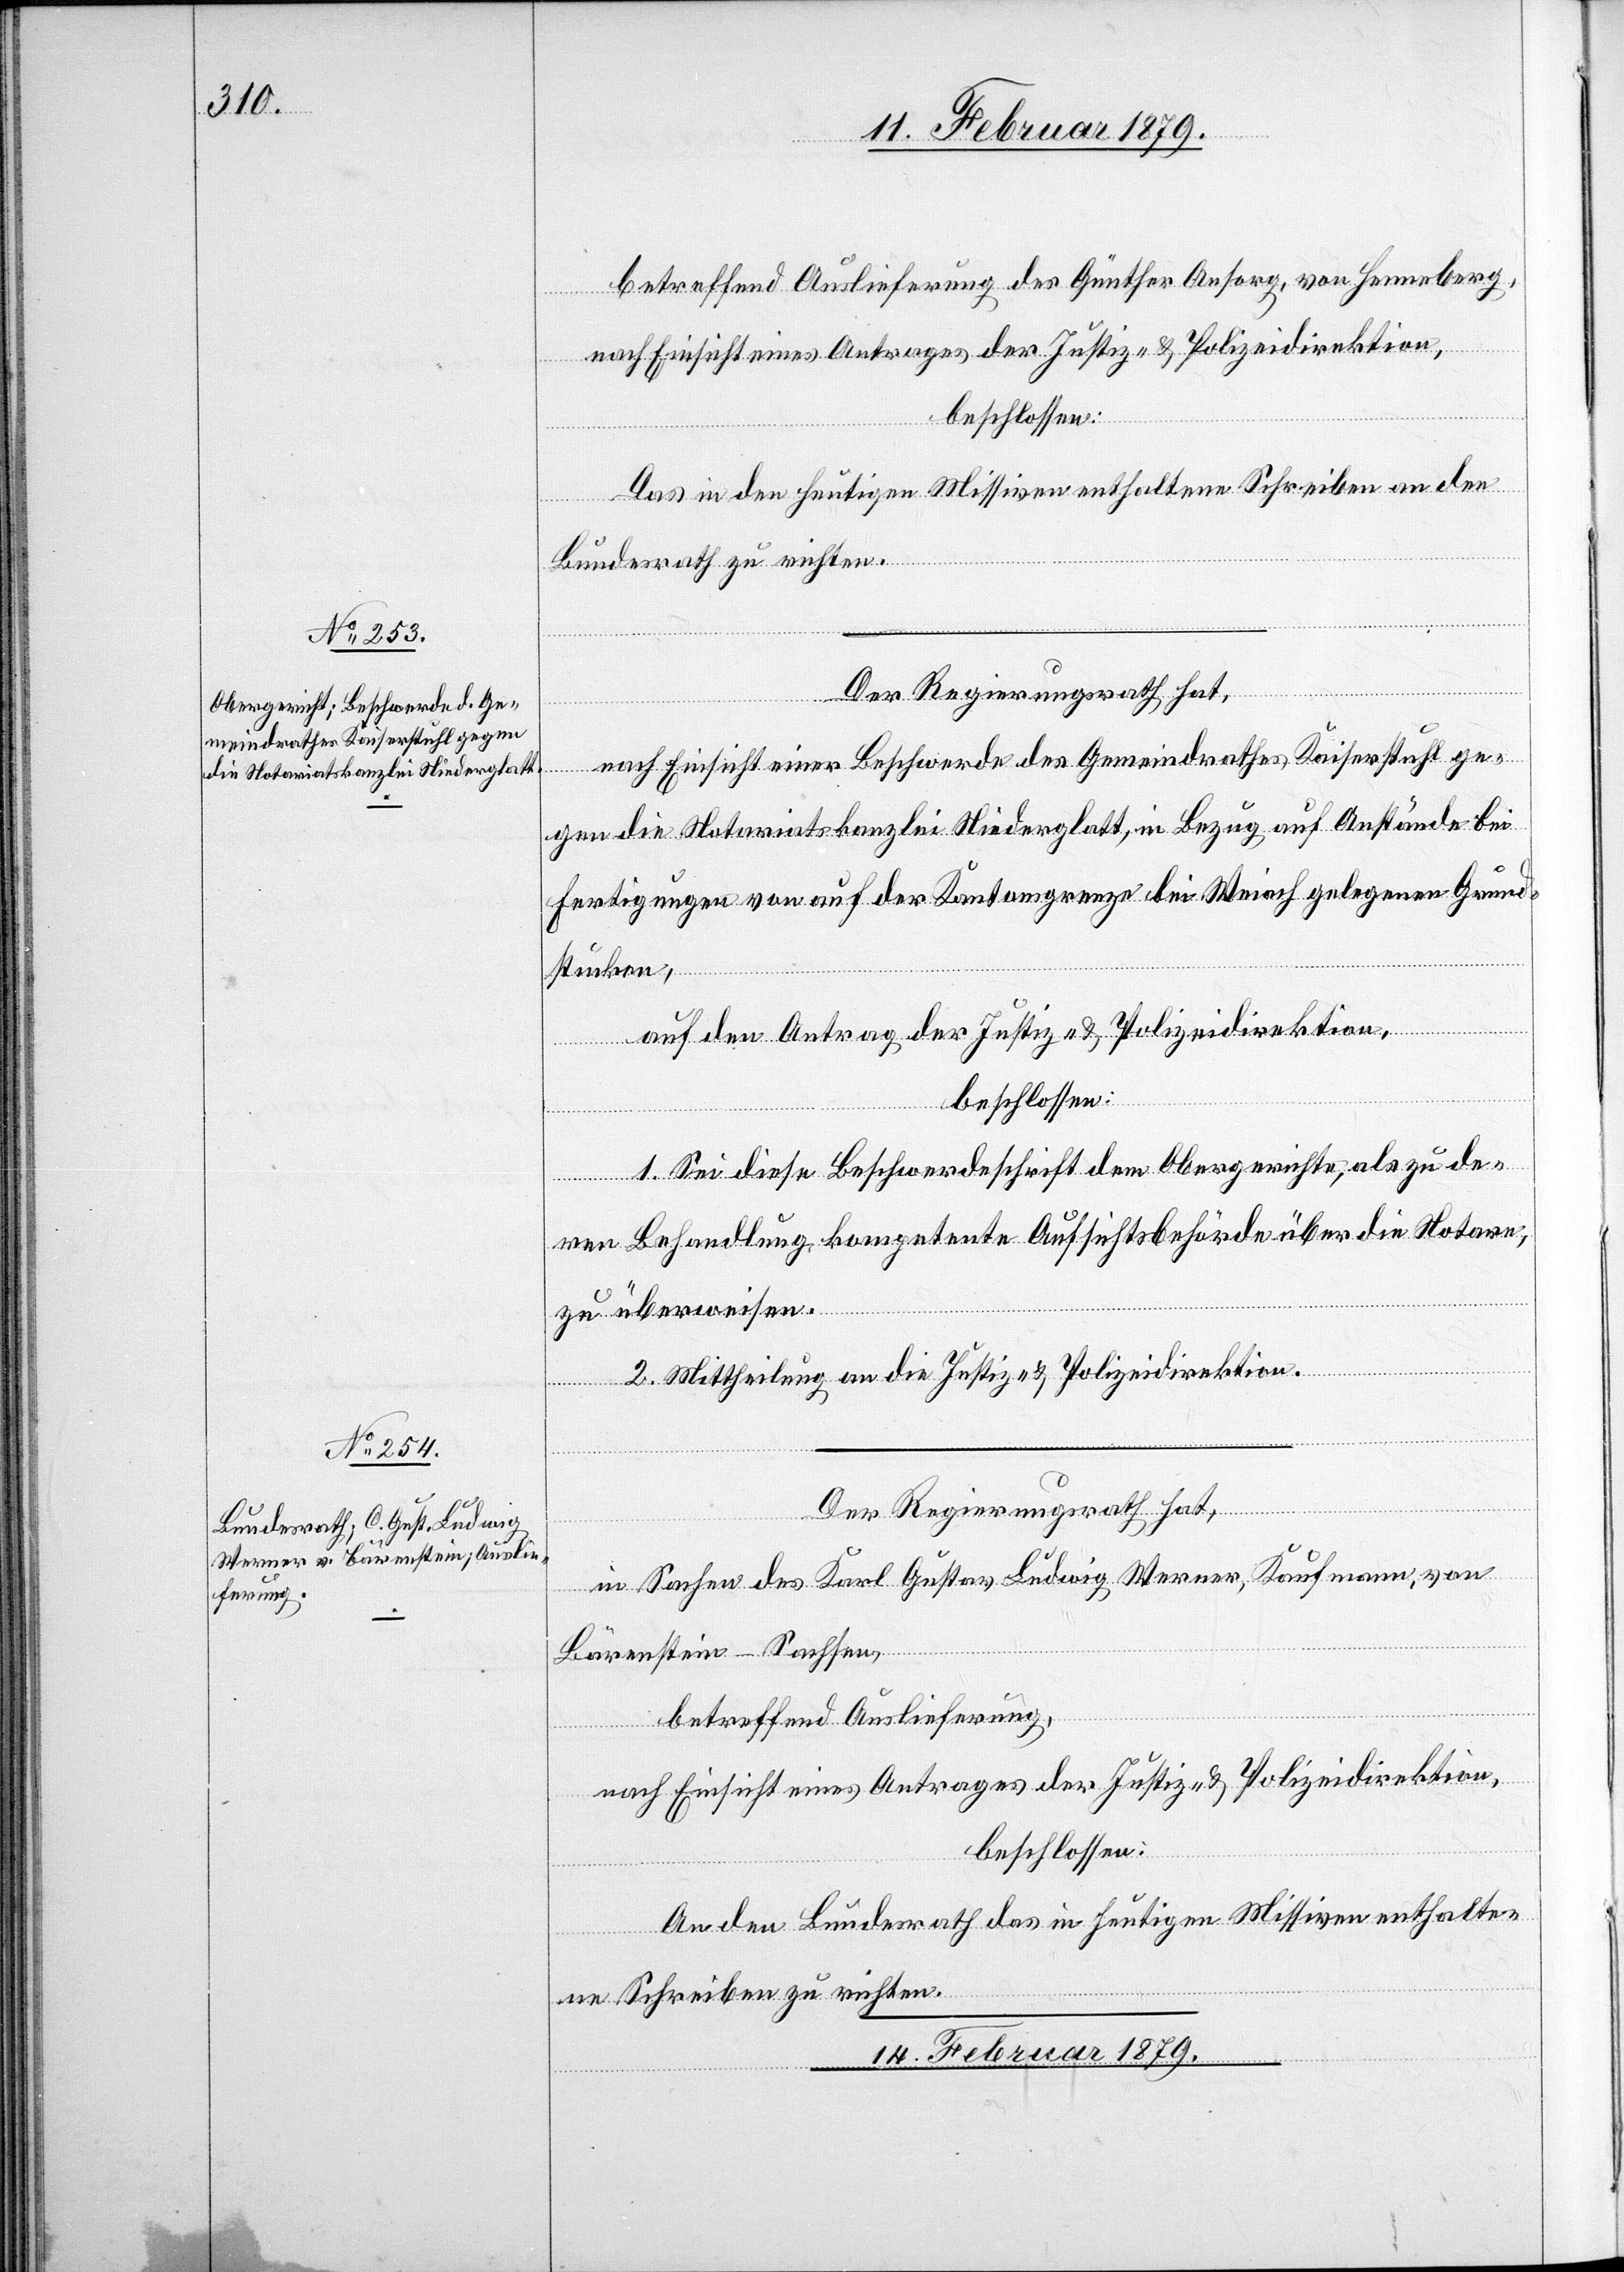
betreffend Auslieferung des Günther Ansorg, von Henneberg,
nach Einsicht eines Antrages der Justiz- & Polizeidirektion,
beschlossen:
Das in den heutigen Missiven enthaltene Schreiben an den
Bundesrath zu richten.
Der Regierungsrath hat,
nach Einsicht einer Beschwerde des Gemeindrathes Kaiserstuhl ge¬
ungen
gen die Notariatskanzlei Niederglatt, in Bezug auf Anstände bei
Fertigungen von auf der Kantonsgrenze bei Weiach gelegenen Grund¬
stücken,
auf den Antrag der Justiz- & Polizeidirektion,
beschlossen:
1. Sei diese Beschwerdeschrift dem Obergerichte, als zu de¬
en]
ren Behandlung kompetente Aufsichtsbehörde über die Notare
zu überweisen.
2. Mittheilung an die Justiz- & Polizeidirektion.
l-Verfügung¬
in Sachen des Karl [sic!] Gustav Ludwig Werner, Kaufmann, von
Bärenstein - Sachsen,
betreffend Auslieferung,
nach Einsicht eines Antrages der Justiz- & Polizeidirektion,
beschlossen:
An den Bundesrath das in heutigen Missiven enthalte¬
ne Schreiben zu richten.
14. Februar 1879